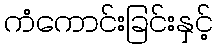
ကံကောင်းခြင်းနှင့်